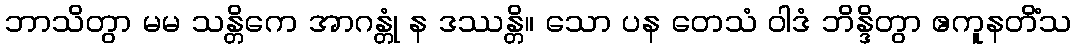
ဘာသိတွာ မမ သန္တိကေ အာဂန္တုံ န ဒဿန္တိ။ သော ပန တေသံ ဝါဒံ ဘိန္ဒိတွာ ဧကူနတိံသ